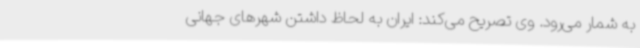
به شمار می‌رود. وی تصریح می‌کند: ایران به لحاظ داشتن شهرهای جهانی